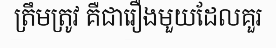
ត្រឹមត្រូវ គឺជារឿងមួយដែលគួរ